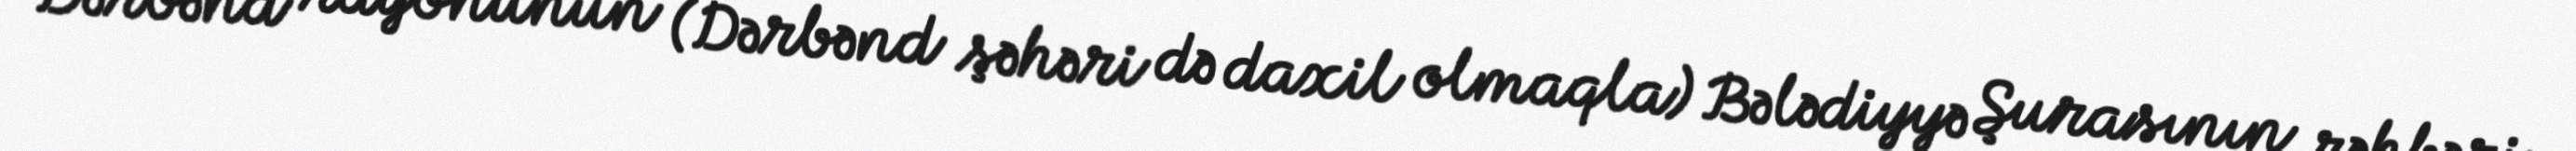
Dərbənd rayonunun (Dərbənd şəhəri də daxil olmaqla) Bələdiyyə Şurasının rəhbəri